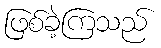
ဖြစ်ခဲ့ကြသည်